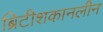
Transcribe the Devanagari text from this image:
ब्रिटीशकानलीन